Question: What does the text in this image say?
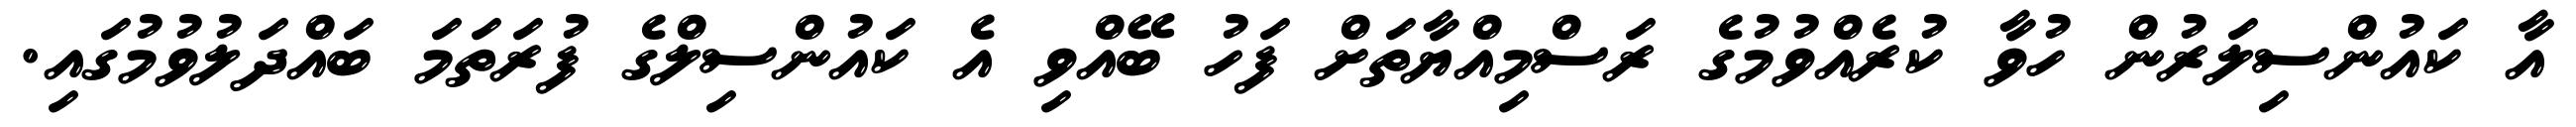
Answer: އާ ކައުންސިލަރުން ހުވާ ކުރެއްވުމުގެ ރަސްމިއްޔާތަށް ފަހު ބޭއްވި އެ ކައުންސިލްގެ ފުރަތަމަ ބައްދަލުވުމުގައި.